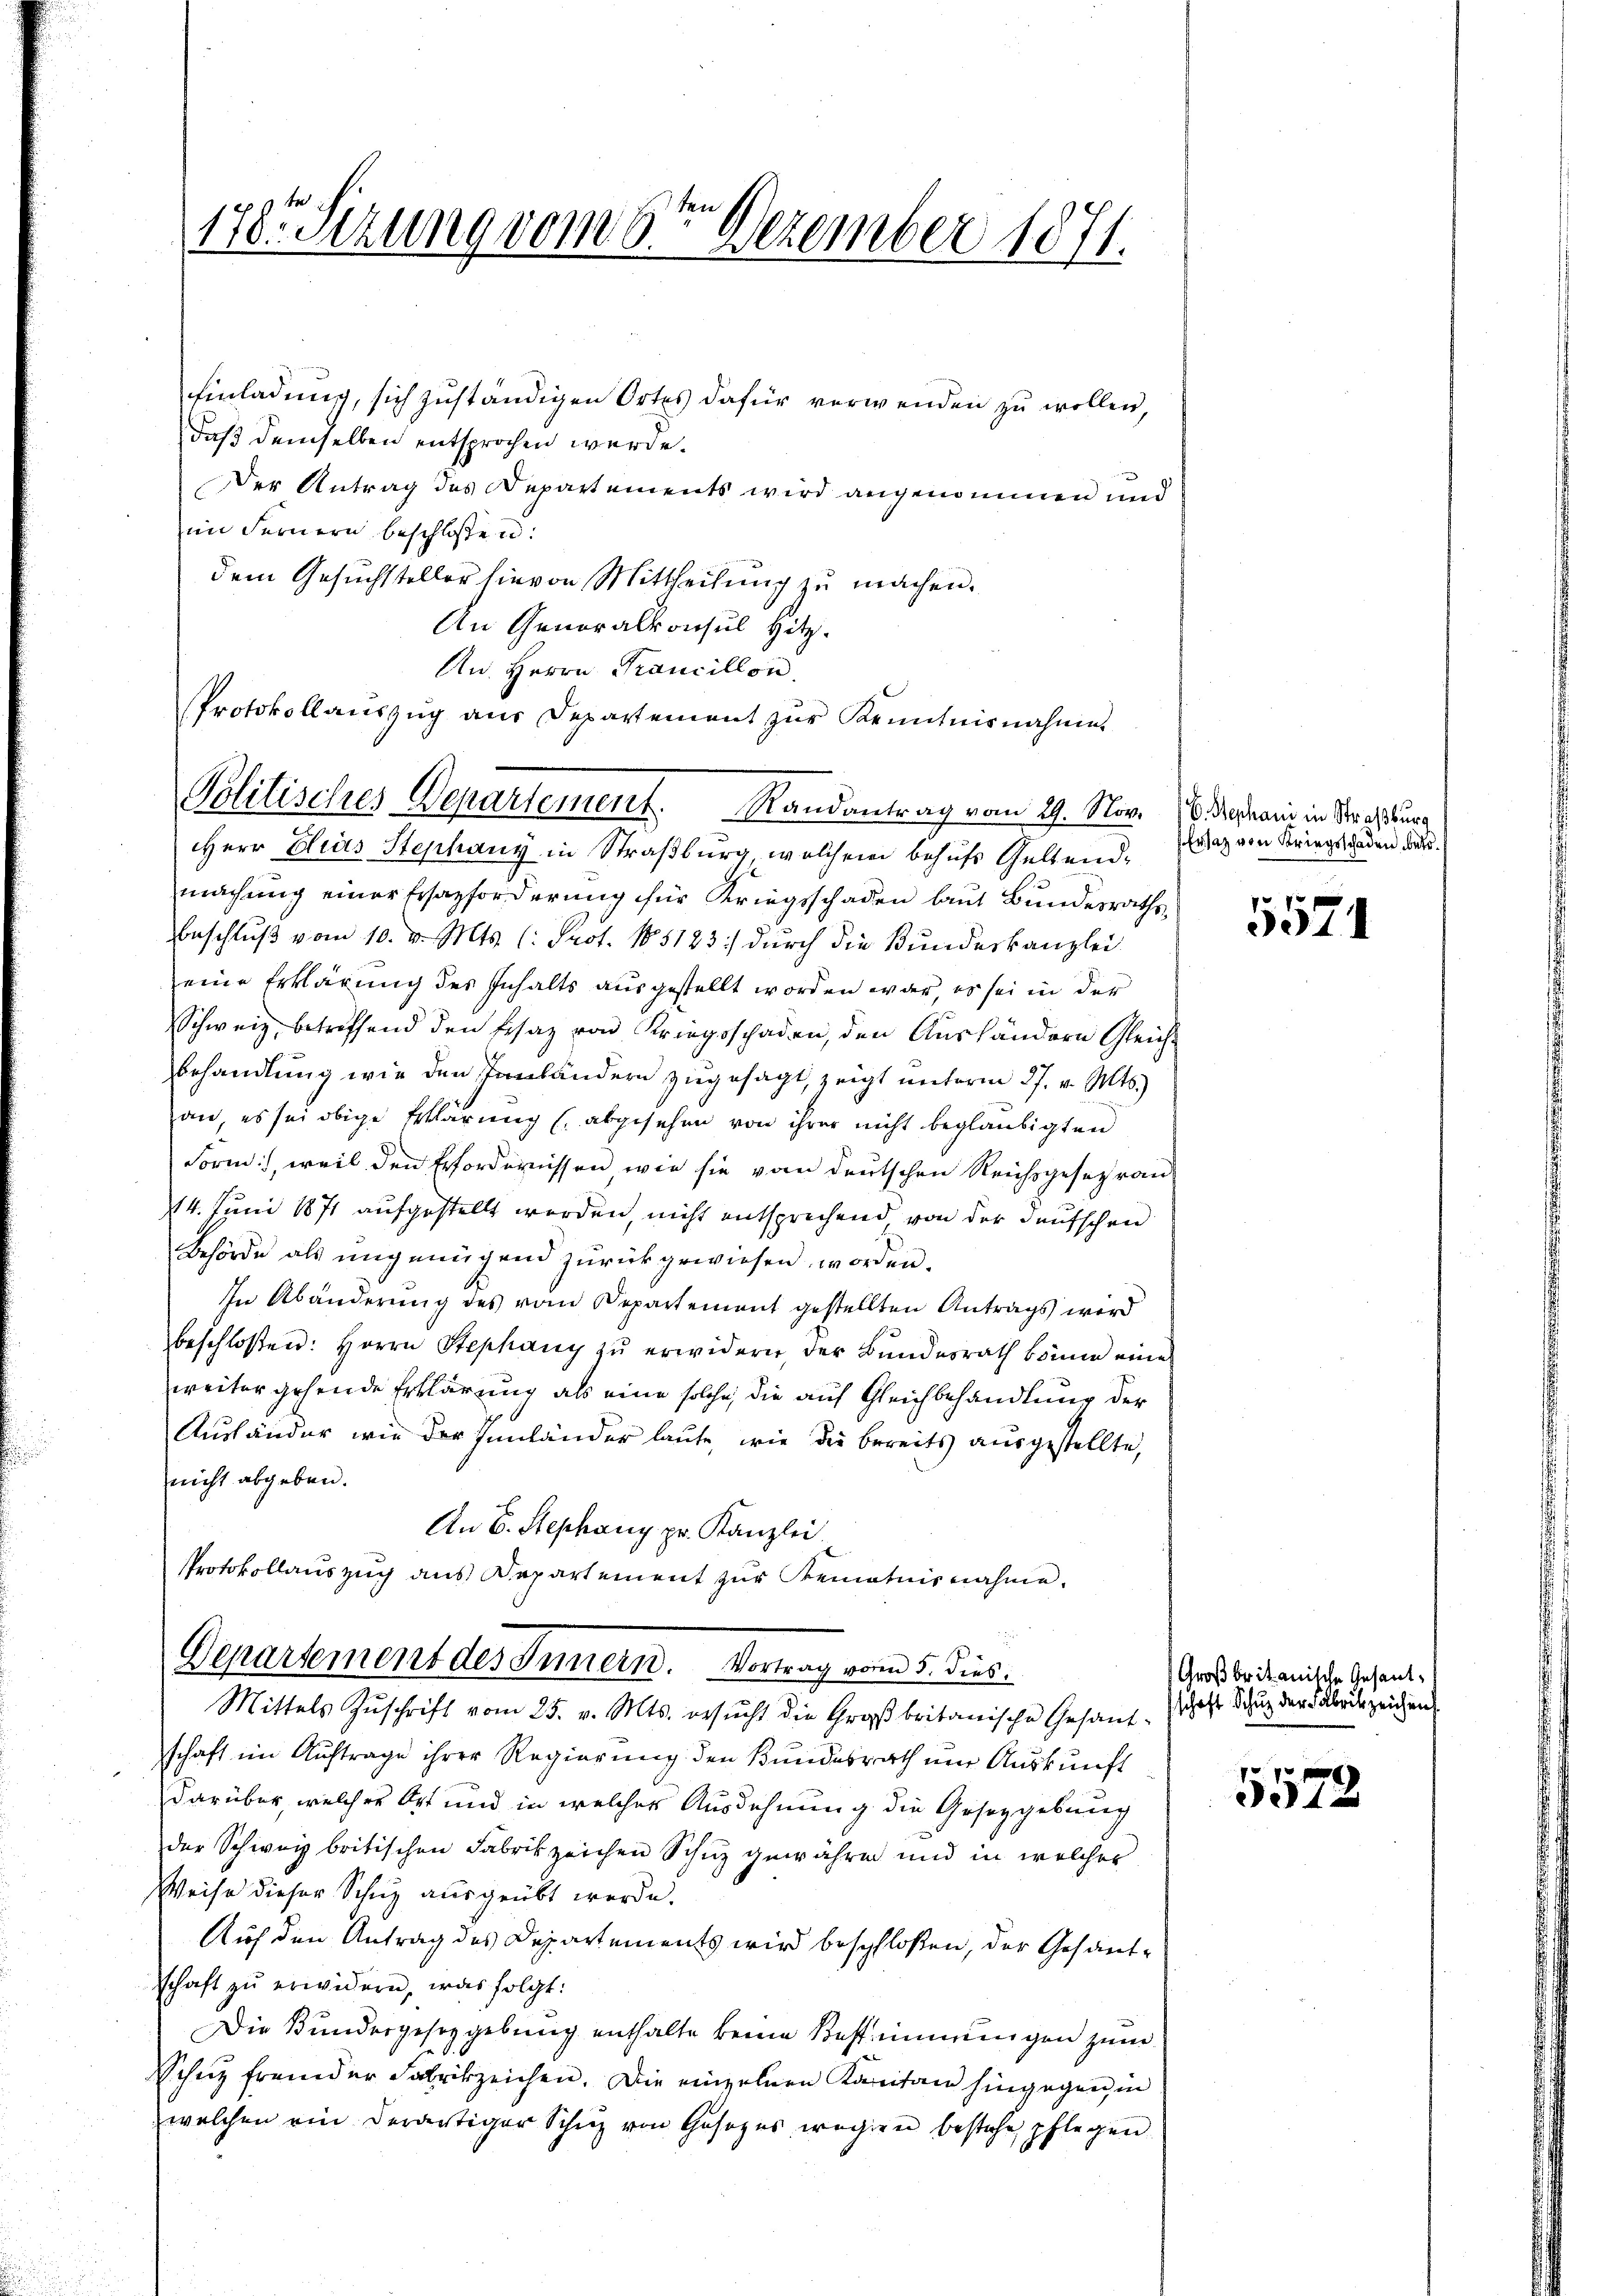
178. Sezung vom 8ten Dezember 1871.

Einladung, sich zuständigen Ortes dafür verwenden zu wollen,
daß demselben entsprochen werde.
Der Antrag des Departements wird angenommen und
im Fernern beschlossen:
dem Gesuchsteller hievon Mittheilung zu machen.
An Generalkonsul Hitz.
HHerr Elias Stephany in Straßburg, welchem behufs Geltendmachung einer Ersazforderung für Kriegsschaden laut Bundesraths,
Beschluß vom 10. v. Mts. (: Prot. No 5123.) durch die Bundeskanzlei
eine Erklärung des Inhalts ausgestellt worden war, es sei in der
Schweiz betreffend den Ersaz von Kriegsschaden, den Aushändern Gleich-
Behandlung wie den Tanländern zugesagt, zeigt unterm 27. v. Mts.
an, es sei obige Erklärung (abgesehen von ihrer nicht beglaubigten
Form, weil den Erfordernissen wie sie von deutschen Reichsgesetz ran¬
14. Juni 1871 aufgestellt werden, nicht entsprechend von der deutschen
Behörde als ungenügend zurückgewiesen worden.
In Abänderung des vom Departement gestellten Antrags wird
beschlossen: Herrn Stephany zŭ erwidern, der Bŭndesrath könne eine
weiter gehende Erklärung als eine solche, die auf Gleichbehandlung der
Ausländer wie der Innländer laute, wie die bereits ausgestellte,
nicht abgeben.
An E. Stephany pr. Kanzlei
Protokollauszug aus Departement zur Kenntnisnahme.
Departement des Innern. Vortrag vom 5. dies
Mittels Zuschrift vom 25. v. Mts. ersucht die Großbritanische Gesant. heft Schutz der Fabrike zeichen
schaft im Auftrage ihrer Regierung den Bundesrath mir Aŭskŭnft
darüber, welcher Ort und in welcher Ausdehnung die Gesetzgebung
der Schweiz britischen Fabrikzeichen Schuz gewähren und in welcher
Weise dieser Schuz ausgeübt werde.
Auf den Antrag des Departements wird beschloßen, der Gesandschaft zu erwidern, was folgt:
Die Bundesgesezgebung enthalte keine Bestimmungen zum
Schüz fremder Fabrikzeichen. Die einzelnen Karitan hingegen in
welchen ein derartiger Schuz von Gesetzes wegen bestehe, pflegen

An Herrn Prancillon
Protokollauszug aus Departement zur Kenntnisnahme
Politisches Departement. Randantrag vom 29. Nov.

B. Stephani in Straßburg
Ersatz von Kriegsschaden betr. s

5571

Großbritanische Gesand¬

5573